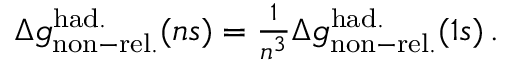
\begin{array} { r } { \Delta { g } _ { \mathrm { n o n - r e l . } } ^ { \mathrm { h a d . } } ( n s ) = \frac { 1 } { n ^ { 3 } } \Delta { g } _ { \mathrm { n o n - r e l . } } ^ { \mathrm { h a d . } } ( 1 s ) \, . } \end{array}